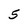
Character: 5